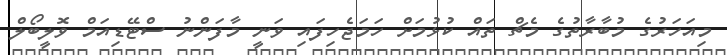
މިއަހަރުގެ މުބާރާތުގެ މެޗް ތައް ކުޅުމަށް ހަމަޖެހިފައި ވަނީ މާފަންނު ސްޓޭޑިއަމް ވޮލީބޯލް